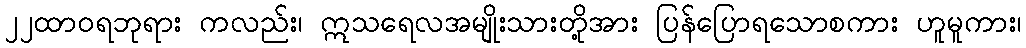
၂၂ထာဝရဘုရား ကလည်း၊ ဣသရေလအမျိုးသားတို့အား ပြန်ပြောရသောစကား ဟူမူကား၊